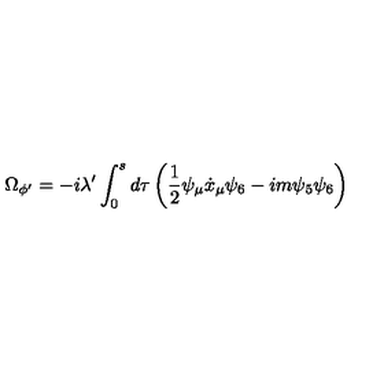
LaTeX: \Omega _ { \phi ^ { \prime } } = - i \lambda ^ { \prime } \int _ { 0 } ^ { s } d \tau \left( \frac { 1 } { 2 } \psi _ { \mu } \dot { x } _ { \mu } \psi _ { 6 } - i m \psi _ { 5 } \psi _ { 6 } \right)